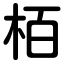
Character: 栢